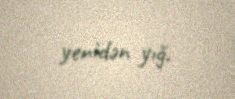
yenidən yığ.